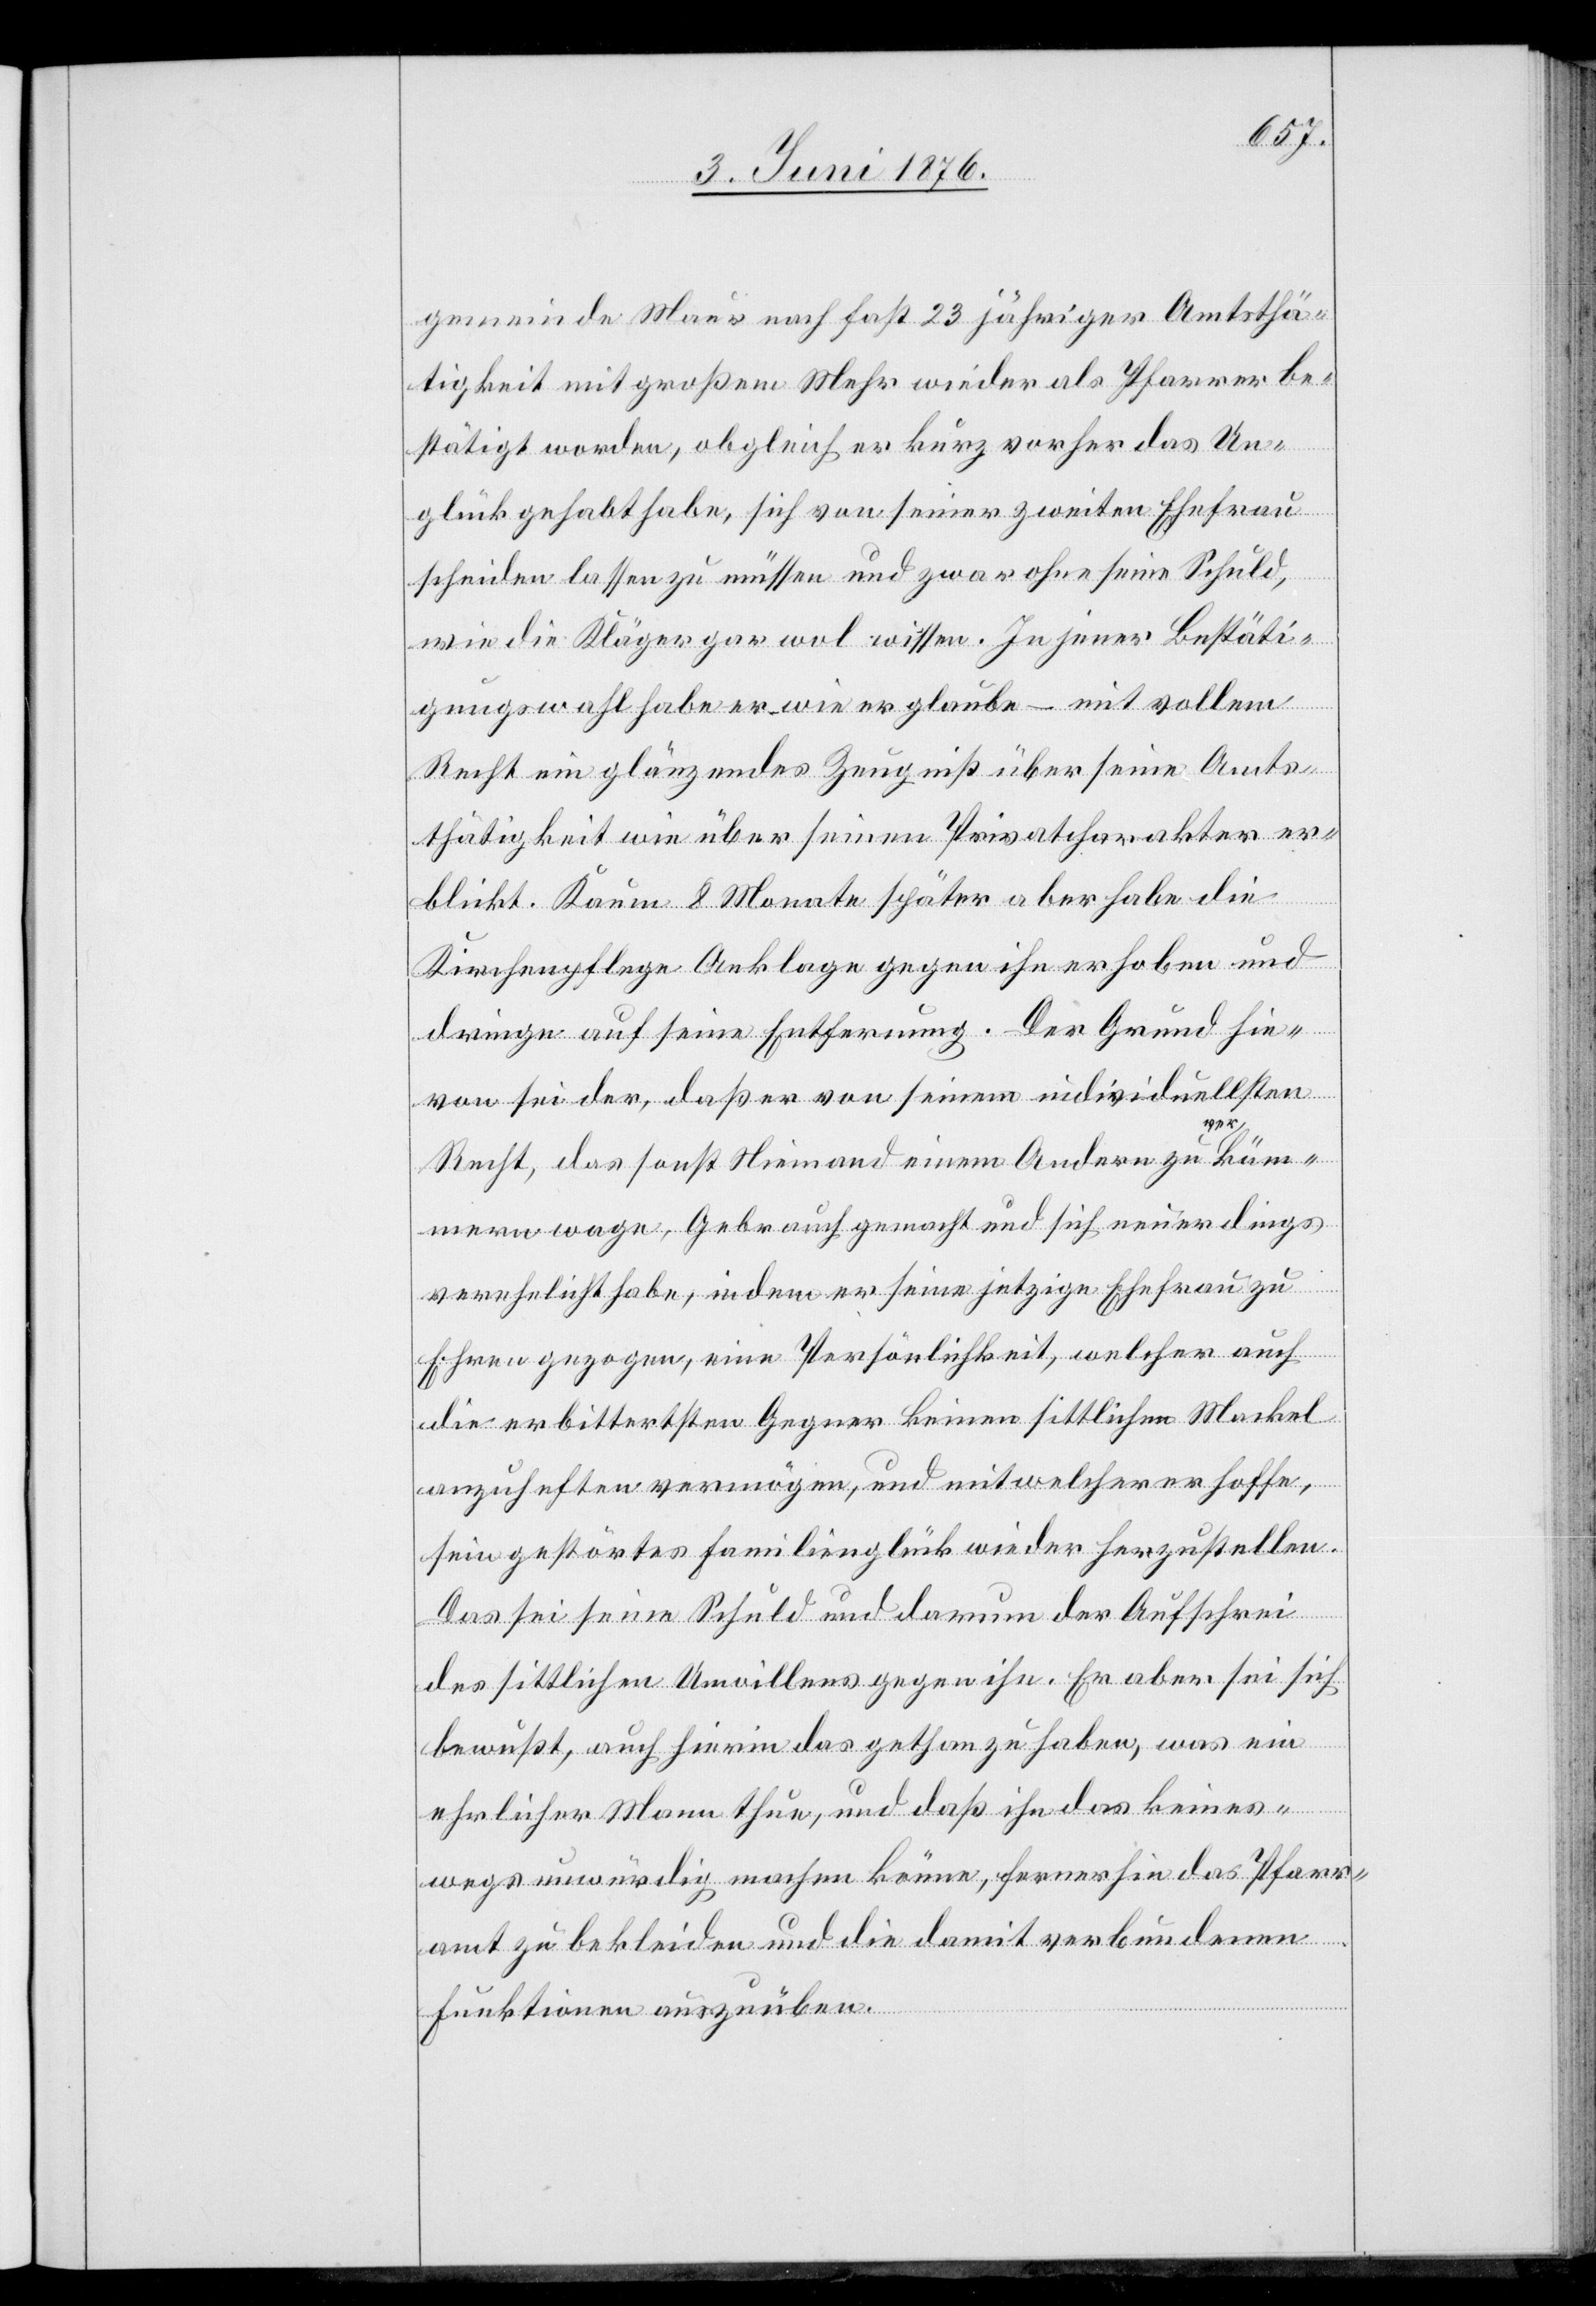
gemeinde Maur nach fast 23 jähriger Amtsthä¬
tigkeit mit großem Mehr wieder als Pfarrer be¬
stätigt worden, obgleich er kurz vorher das Un¬
glück gehabt habe, sich von seiner zweiten Ehefrau
scheiden lassen zu müssen und zwar ohne seine Schuld,
wie die Kläger gar wol wissen. In jener Bestäti¬
gungswahl habe er wie er glaube – mit vollem
Recht ein glänzendes Zeugniß über seine Amts¬
thätigkeit wie über seinen Privatcharakter er¬
blickt. Kaum 8 Monate später aber habe die
Kirchenpflege Anklage gegen ihn erhoben und
dringe auf seine Entfernung. Der Grund hie¬
von sei der, daß er von seinem individuellsten
ver
Recht, das sonst Niemand einem Andern zu a
mmern wage, Gebrauch gemacht und sich neuerdings
verehelicht habe, indem er seine jetzige Ehefrau zu
Ehren gezogen, eine Persönlichkeit, welcher auch
die erbittertsten Gegner keinen sittlichen Makel
akü¬
anzuheften vermögen, und mit welcher er hoffe,
sein gestörtes Familienglück wieder herzustellen.
Das sei seine Schuld und darum der Aufschrei
des sittlichen Unwillens gegen ihn. Er aber sei sich
bewußt, auch hierin das gethan zu haben, was ein
ehrlicher Mann thun, und daß ihn das keines¬
wegs unwürdig machen könne, fernerhin das Pfarr¬
amt zu bekleiden und die damit verbundenen
Funktionen auszuüben.